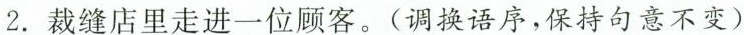
2.裁缝店里走进一位顾客。(调换语序，保持句意不变)